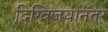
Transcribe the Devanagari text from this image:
दिग्विजयानंतर